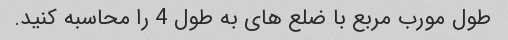
طول مورب مربع با ضلع های به طول 4 را محاسبه کنید.